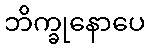
ဘိက္ခုနောပေ